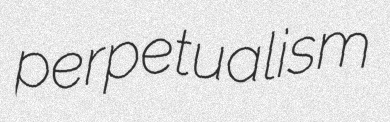
perpetualism